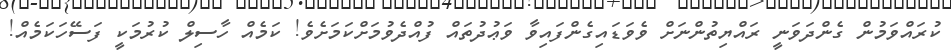
ކުރައްވަމުން ގެންދަވަނީ ރައްޔިތުންނަށް ވެވަޑައިގެންފައިވާ ވަޢުދުތައް ފުއްދެވުމަށްކަމަށެވެ! ކަމެއް ހާސިލް ކުރުމަކީ ފަސޭހަކަމެއް!